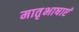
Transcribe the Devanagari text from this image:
मातृभाषाएं